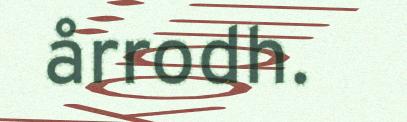
årrodh.